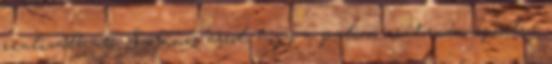
realizálható. Szó sincs arról, hogy a palini csatornán spórolni